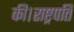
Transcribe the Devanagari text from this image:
की।राष्ट्रपति